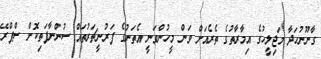
ގާނޫނުހަދާ މަޖިލީހުގެ އިމާރާތުގެ ތެރެއަށް ވަން މީހުންވަނީ އެތަނުގެ ފަރުނީޗަރުތައް ސުންނާފަތިކޮށް ސްޕްރޭ